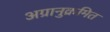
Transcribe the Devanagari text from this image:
अग्रानुक्रमित